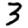
Digit: 3